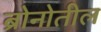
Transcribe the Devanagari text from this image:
ब्रोनोतील